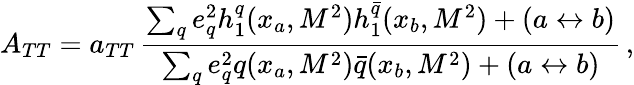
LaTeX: A_{TT}=a_{TT}\, \frac{\sum_{q}e_{q}^{2}h_{1}^{q}(x_{a},M^{2})h_{1}^{\bar{q}}(x_{b},M^{2})+(a\leftrightarrow b)}{\sum_{q}e_{q}^{2}q(x_{a},M^{2})\bar{q}(x_{b},M^{2})+(a\leftrightarrow b)}\, ,